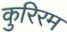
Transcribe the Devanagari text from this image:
कुरिरम